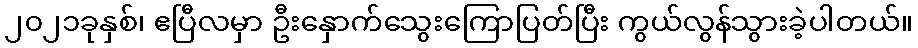
၂၀၂၁ခုနှစ်၊ ဧပြီလမှာ ဦးနှောက်သွေးကြောပြတ်ပြီး ကွယ်လွန်သွားခဲ့ပါတယ်။